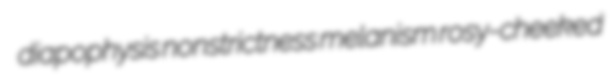
diapophysis nonstrictness melanism rosy-cheeked